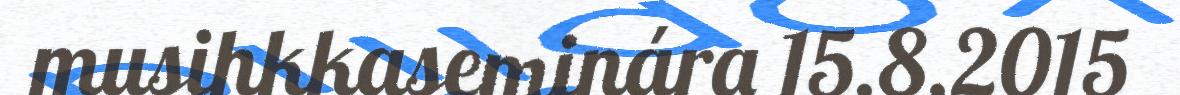
musihkkaseminára 15.8.2015